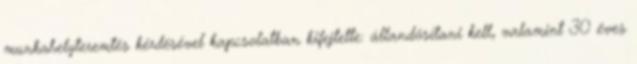
munkahelyteremtés kérdésével kapcsolatban kifejtette: állandósítani kell, valamint 30 éves